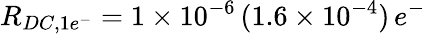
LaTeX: R_{DC,1e^{-}}=1\times 10^{-6}\, (1.6\times 10^{-4})\, e^{-}